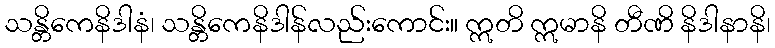
သန္တိကေနိဒါနံ၊ သန္တိကေနိဒါန်လည်းကောင်း။ ဣတိ ဣမာနိ တီဏိ နိဒါနာနိ၊